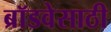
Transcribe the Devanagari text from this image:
ब्रॉडवेसाठी